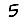
Digit: 5